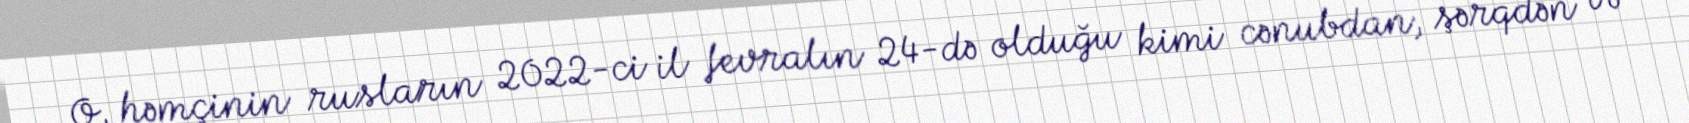
O, həmçinin rusların 2022-ci il fevralın 24-də olduğu kimi cənubdan, şərqdən və